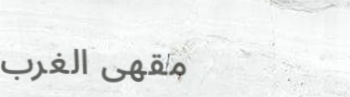
مقهى الغرب